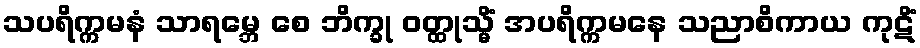
သပရိက္ကမနံ သာရမ္ဘေ စေ ဘိက္ခု ဝတ္ထုသ္မိံ အပရိက္ကမနေ သညာစိကာယ ကုဋိံ